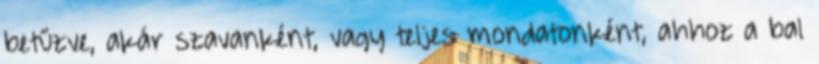
betűzve, akár szavanként, vagy teljes mondatonként, ahhoz a bal